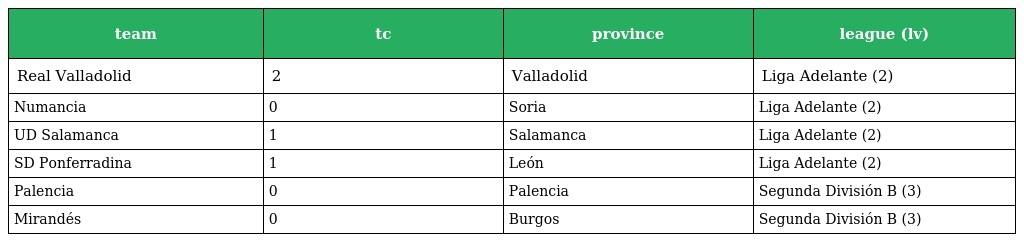
| team | tc | province | league (lv) |
 | --- | --- | --- | --- |
 | Real Valladolid | 2 | Valladolid | Liga Adelante (2) |
 | Numancia | 0 | Soria | Liga Adelante (2) |
 | UD Salamanca | 1 | Salamanca | Liga Adelante (2) |
 | SD Ponferradina | 1 | León | Liga Adelante (2) |
 | Palencia | 0 | Palencia | Segunda División B (3) |
 | Mirandés | 0 | Burgos | Segunda División B (3) |